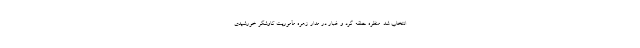
انتخاب شد. منظره حلقه گرد و غبار در مدار زهره مأموریت کاوشگر خورشیدی